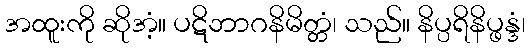
အထူးကို ဆိုအံ့။ ပဋိဘာဂနိမိတ္တံ၊ သည်။ နိပ္ပရိနိပ္ဖန္ဒံ၊